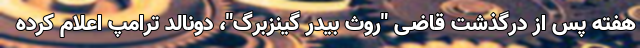
هفته پس از درگذشت قاضی "روث بیدر گینزبرگ"، دونالد ترامپ اعلام کرده